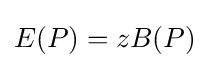
E(P)=zB(P)